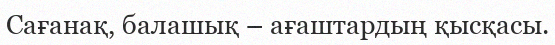
Сағанақ, балашық – ағаштардың қысқасы.